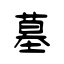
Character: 墓